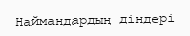
Наймандардың діндері